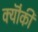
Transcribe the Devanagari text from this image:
क्यॊंकी